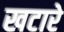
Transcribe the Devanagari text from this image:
खटारे